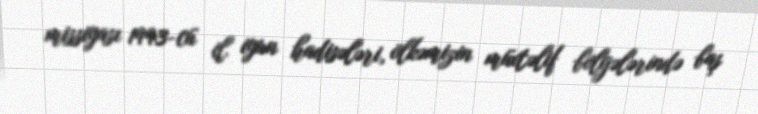
missiyası 1993-cü il iyun hadisələri, ölkəmizin müxtəlif bölgələrində baş